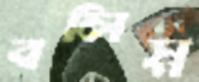
বলিস্ন